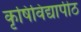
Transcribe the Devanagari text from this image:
कृषिविद्यापीठ